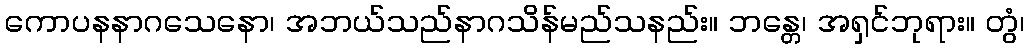
ကောပနနာဂသေနော၊ အဘယ်သည်နာဂသိန်မည်သနည်း။ ဘန္တေ၊ အရှင်ဘုရား။ တွံ၊